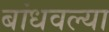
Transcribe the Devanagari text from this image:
बांधवल्या